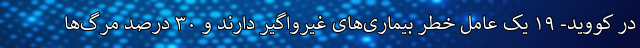
در کووید- ۱۹ یک عامل خطر بیماری‌های غیرواگیر دارند و ۳۰ درصد مرگ‌ها